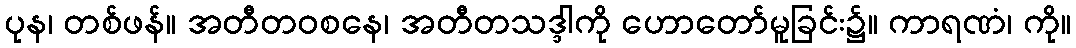
ပုန၊ တစ်ဖန်။ အတီတဝစနေ၊ အတီတသဒ္ဒါကို ဟောတော်မူခြင်း၌။ ကာရဏံ၊ ကို။